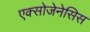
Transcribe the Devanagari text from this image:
एक्सोजेनेसिस